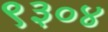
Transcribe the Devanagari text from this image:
९३०४